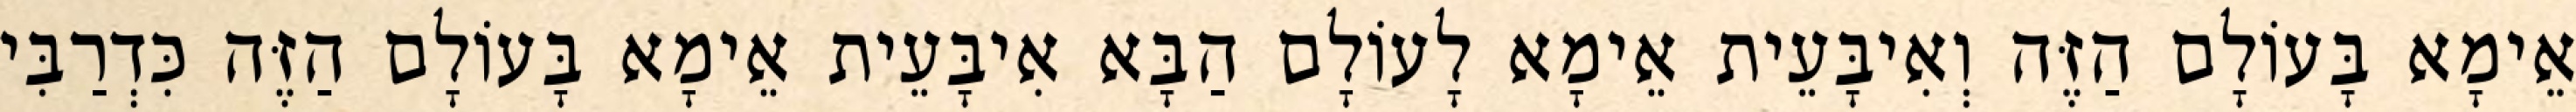
אֵימָא בָּעוֹלָם הַזֶּה וְאִיבָּעֵית אֵימָא לָעוֹלָם הַבָּא אִיבָּעֵית אֵימָא בָּעוֹלָם הַזֶּה כִּדְרַבִּי